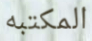
المكتبه